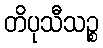
တိပုသီသဉ္စ